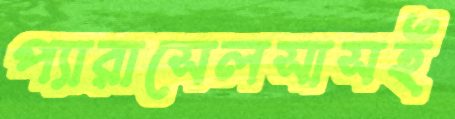
প্যারাসেলসাসই